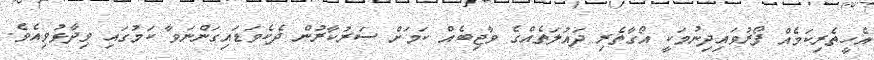
އެހީތެރިކަމެއް ފޯރުވައިދިނުމަކީ އޯގާތެރި ދައުލަތެއްގެ ވާޖިބެއް ކަމަށް ސަރުކާރުން ދެކެވަޑައިގަންނަވާ ކަމުގައި ވިދާޅުވިއެވެ.